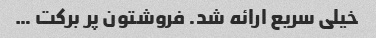
خیلی سریع ارائه شد. فروشتون پر برکت …